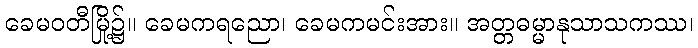
ခေမဝတီမြို့၌။ ခေမကရညော၊ ခေမကမင်းအား။ အတ္တဓမ္မာနုသာသကဿ၊